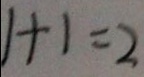
1 + 1 = 2